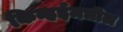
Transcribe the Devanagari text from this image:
किन्हईमधील